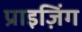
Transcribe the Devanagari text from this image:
प्राइज़िंग